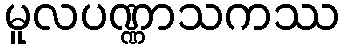
မူလပဏ္ဏာသကဿ